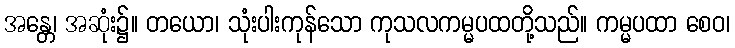
အန္တေ၊ အဆုံး၌။ တယော၊ သုံးပါးကုန်သော ကုသလကမ္မပထတို့သည်။ ကမ္မပထာ စေဝ၊